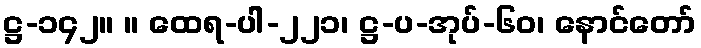
ဋ္ဌ-၁၄၂။ ။ ထေရ-ပါ-၂၂၁၊ ဋ္ဌ-ပ-အုပ်-၆၀၊ နောင်တော်